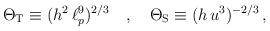
LaTeX: \begin{align*}\Theta_{\rm T} \equiv (h^2 \, \ell_p^9)^{2/3} \quad , \quad \Theta_{\rm S}\equiv (h \, u^3)^{-2/3} \, ,\end{align*}